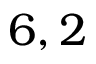
6 , 2